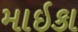
માઇકા